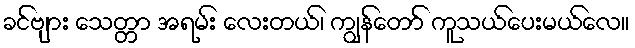
ခင်ဗျား သေတ္တာ အရမ်း လေးတယ်၊ ကျွန်တော် ကူသယ်ပေးမယ်လေ။